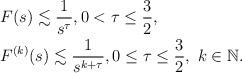
LaTeX: \begin{align*}\begin{aligned}&F(s)\lesssim \frac{1}{s^{\tau}},0<\tau\leq \frac{3}{2}, \\&F^{(k)}(s)\lesssim \frac{1}{s^{k+\tau}},0\leq \tau\leq \frac{3}{2},\ k\in \mathbb{N}.\end{aligned}\end{align*}